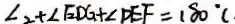
\angle 2 + \angle E D G + \angle D E F = 1 8 0 ^ { \circ } (